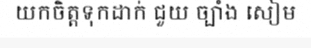
យកចិត្តទុកដាក់ ជួយ ច្បាំង សៀម